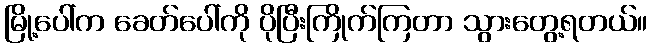
မြို့ပေါ်က ခေတ်ပေါ်ကို ပိုပြီးကြိုက်ကြတာ သွားတွေ့ရတယ်။